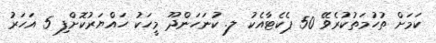
ކަމަށް ތުހުމަތުކުރެވޭ 50 ޕެކެޓާއެކު ލ. ކުނަހަންދޫ މީހަކު ހައްޔަރުކޮށްފި 5 އަހަރު